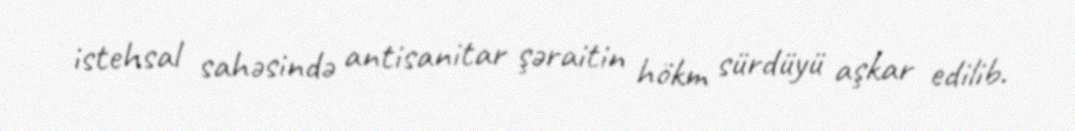
istehsal sahəsində antisanitar şəraitin hökm sürdüyü aşkar edilib.